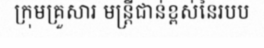
ក្រុមគ្រួសារ មន្ត្រីជាន់ខ្ពស់នៃរបប